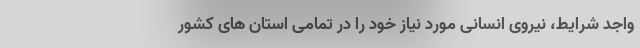
واجد شرایط، نیروی انسانی مورد نیاز خود را در تمامی استان های کشور